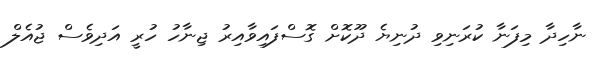
ނާހިދާ މިފަނާ ކުރަނިވި ދުނިޔެ ދޫކޮށް ގޮސްފައިވާއިރު ޖިނާހު ހުރީ އަދިވެސް ޖުއެލް